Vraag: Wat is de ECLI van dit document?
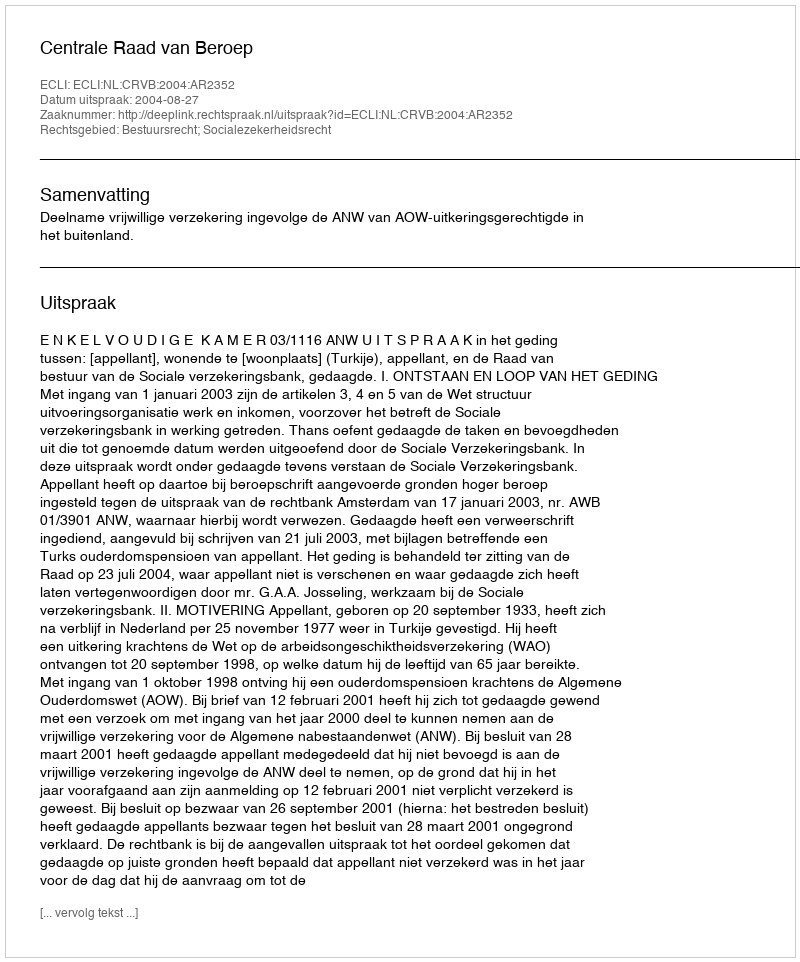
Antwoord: ECLI:NL:CRVB:2004:AR2352